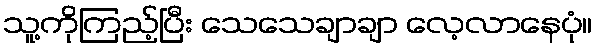
သူ့ကိုကြည့်ပြီး သေသေချာချာ လေ့လာနေပုံ။